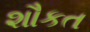
શૌકત